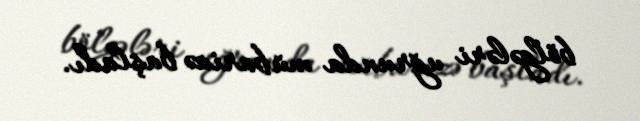
bölgələri uğrunda mübarizə başladı.